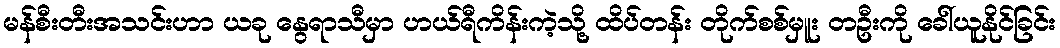
မန်စီးတီးအသင်းဟာ ယခု နွေရာသီမှာ ဟယ်ရီကိန်းကဲ့သို့ ထိပ်တန်း တိုက်စစ်မှူး တဦးကို ခေါ်ယူနိုင်ခြင်း